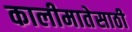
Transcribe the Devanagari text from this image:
कालीमातेसाठी